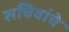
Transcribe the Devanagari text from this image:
सचिवांचे